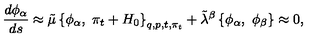
{ \frac { d { \phi _ { \alpha } } } { d s } } \approx \tilde { \mu } \left\{ \phi _ { \alpha } , \ \pi _ { t } + H _ { 0 } \right\} _ { q , p , t , \pi _ { t } } + { \tilde { \lambda } } ^ { \beta } \left\{ \phi _ { \alpha } , \ \phi _ { \beta } \right\} \approx 0 ,